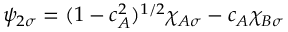
\psi _ { 2 \sigma } = ( 1 - c _ { A } ^ { 2 } ) ^ { 1 / 2 } \chi _ { A \sigma } - c _ { A } \chi _ { B \sigma }